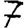
Digit: 7